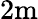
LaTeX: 2\mathrm{m}